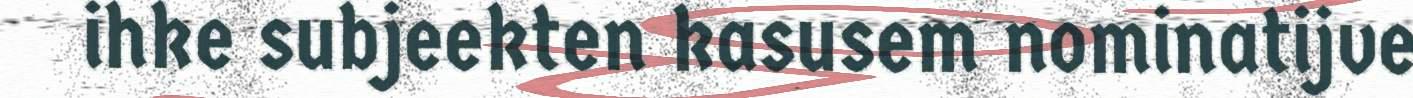
ihke subjeekten kasusem nominatijve